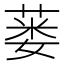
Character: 蒌